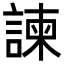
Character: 諫